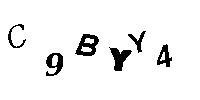
C9BYY4